Assam Mental Hospital (Tezpur, India) - 1933-1948
Year: 1933
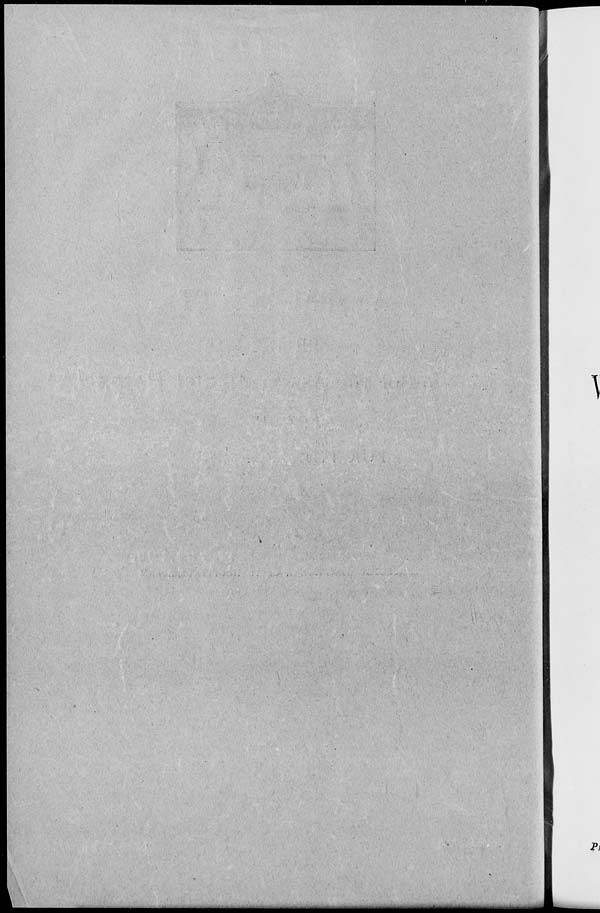
\
P)